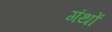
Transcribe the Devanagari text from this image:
गंथों